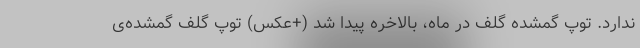
ندارد. توپ گمشده‌ گلف در ماه، بالاخره پیدا شد (+عکس) توپ گلف گمشده‌ی